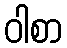
ဝါစာ